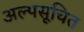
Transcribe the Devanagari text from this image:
अल्पसूचित